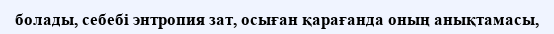
болады, себебі энтропия зат, осыған қарағанда оның анықтамасы,